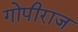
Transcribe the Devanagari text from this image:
गोपीराज